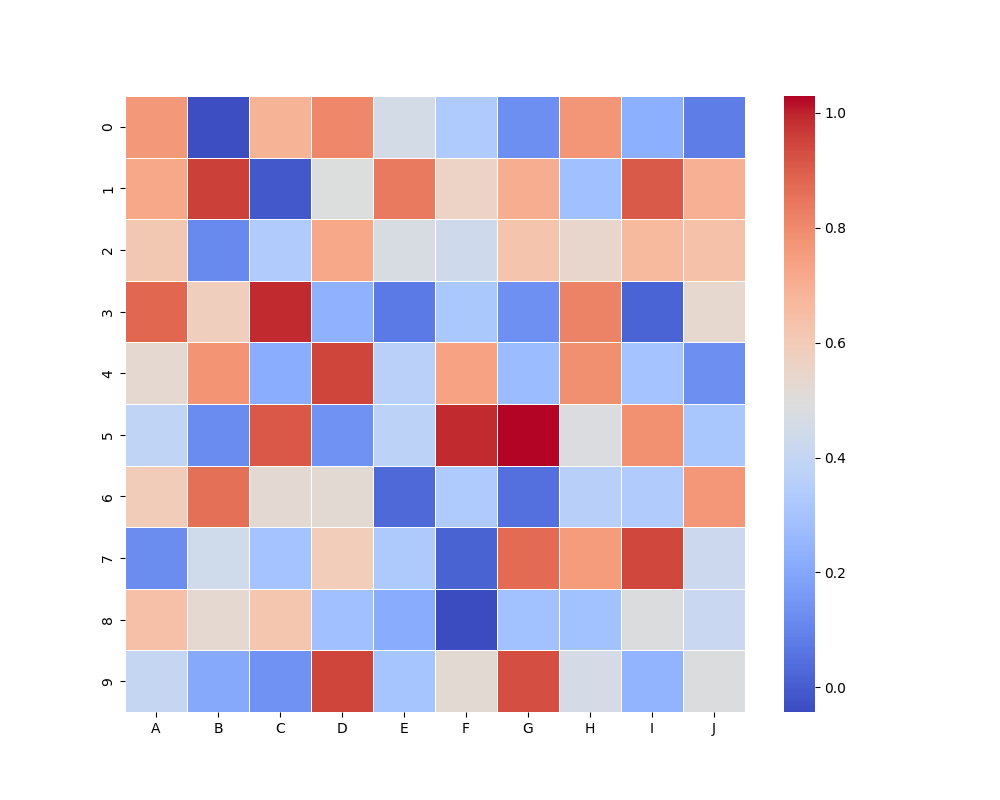
python, seaborn, heatmap, cmap='coolwarm', linewidths=0.5, center=none